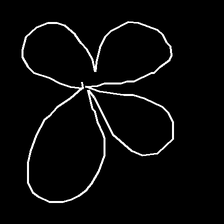
Glyph: billowing